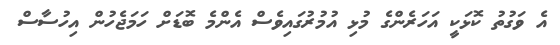
އެ ވަގުތު ކޮޅަކީ އަހަރެންގެ މުޅި އުމުރުގައިވެސް އެންމެ ބޮޑަށް ހަމަޖެހުން އިހުސާސް